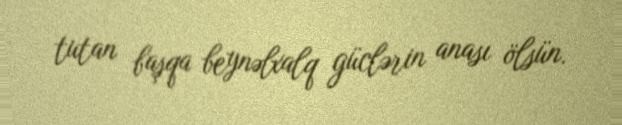
tutan başqa beynəlxalq güclərin anası ölsün.